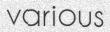
various